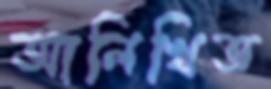
আলিখিত